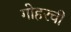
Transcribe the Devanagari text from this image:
गोहरची